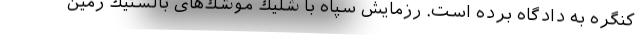
کنگره به دادگاه برده است. رزمایش سپاه با شلیك موشك‌های بالستیك زمین